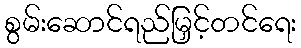
စွမ်းဆောင်ရည်မြှင့်တင်ရေး